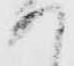
か